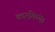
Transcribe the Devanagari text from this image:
कारयिष्ये।